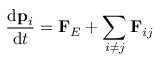
{ \frac { \mathrm { d } \mathbf { p } _ { i } } { \mathrm { d } t } } = \mathbf { F } _ { E } + \sum _ { i \neq j } \mathbf { F } _ { i j }